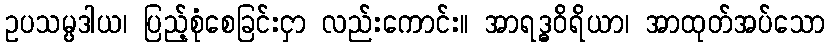
ဥပသမ္ပဒါယ၊ ပြည့်စုံစေခြင်းငှာ လည်းကောင်း။ အာရဒ္ဓဝိရိယာ၊ အာထုတ်အပ်သော